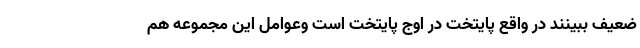
ضعیف ببینند در واقع پایتخت در اوج پایتخت است وعوامل این مجموعه هم